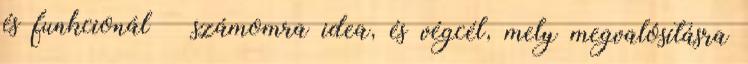
és funkcionál – számomra idea, és végcél, mely megvalósításra